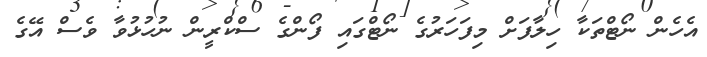
އެހެން ނޯޓްތަކާ ހިލާފަށް މިފަހަރުގެ ނޯޓްގައި ފޯންގެ ސްކްރީން ނުހުޅުވާ ވެސް އޭގެ